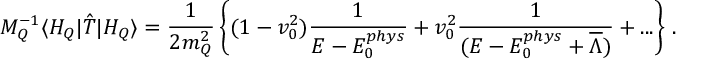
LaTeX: M _ { Q } ^ { - 1 } \langle H _ { Q } | { \hat { T } } | H _ { Q } \rangle = \frac { 1 } { 2 m _ { Q } ^ { 2 } } \left\{ ( 1 - v _ { 0 } ^ { 2 } ) \frac { 1 } { E - E _ { 0 } ^ { p h y s } } + v _ { 0 } ^ { 2 } \frac { 1 } { ( E - E _ { 0 } ^ { p h y s } + \overline { { { \Lambda } } } ) } + . . . \right\} \, .